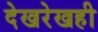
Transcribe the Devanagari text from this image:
देखरेखही